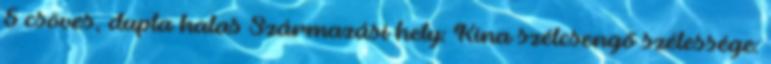
5 csöves, dupla halas Származási hely: Kína szélcsengő szélessége: